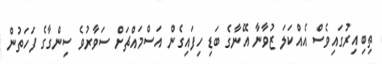
ތިބިއިރުގައިވެސް އެއްކަލަ ޒުވާނާ އޭނާގެ ބަޑި ހިފައިގެން އަސްމައްޗަށް ސަވާރުވެ ސިންގާގެ ފަހަތުން